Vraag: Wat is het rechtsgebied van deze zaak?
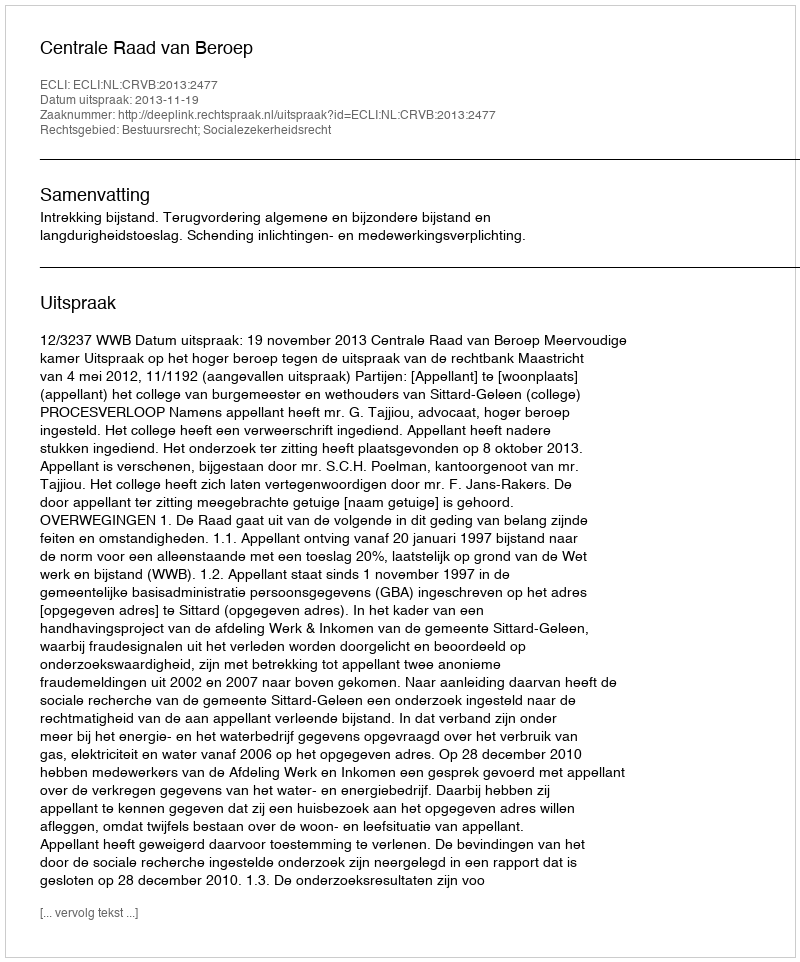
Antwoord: Bestuursrecht; Socialezekerheidsrecht